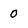
Character: 0